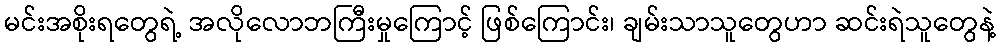
မင်းအစိုးရတွေရဲ့ အလိုလောဘကြီးမှုကြောင့် ဖြစ်ကြောင်း၊ ချမ်းသာသူတွေဟာ ဆင်းရဲသူတွေနဲ့